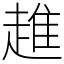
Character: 趡